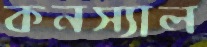
কনস্যাল